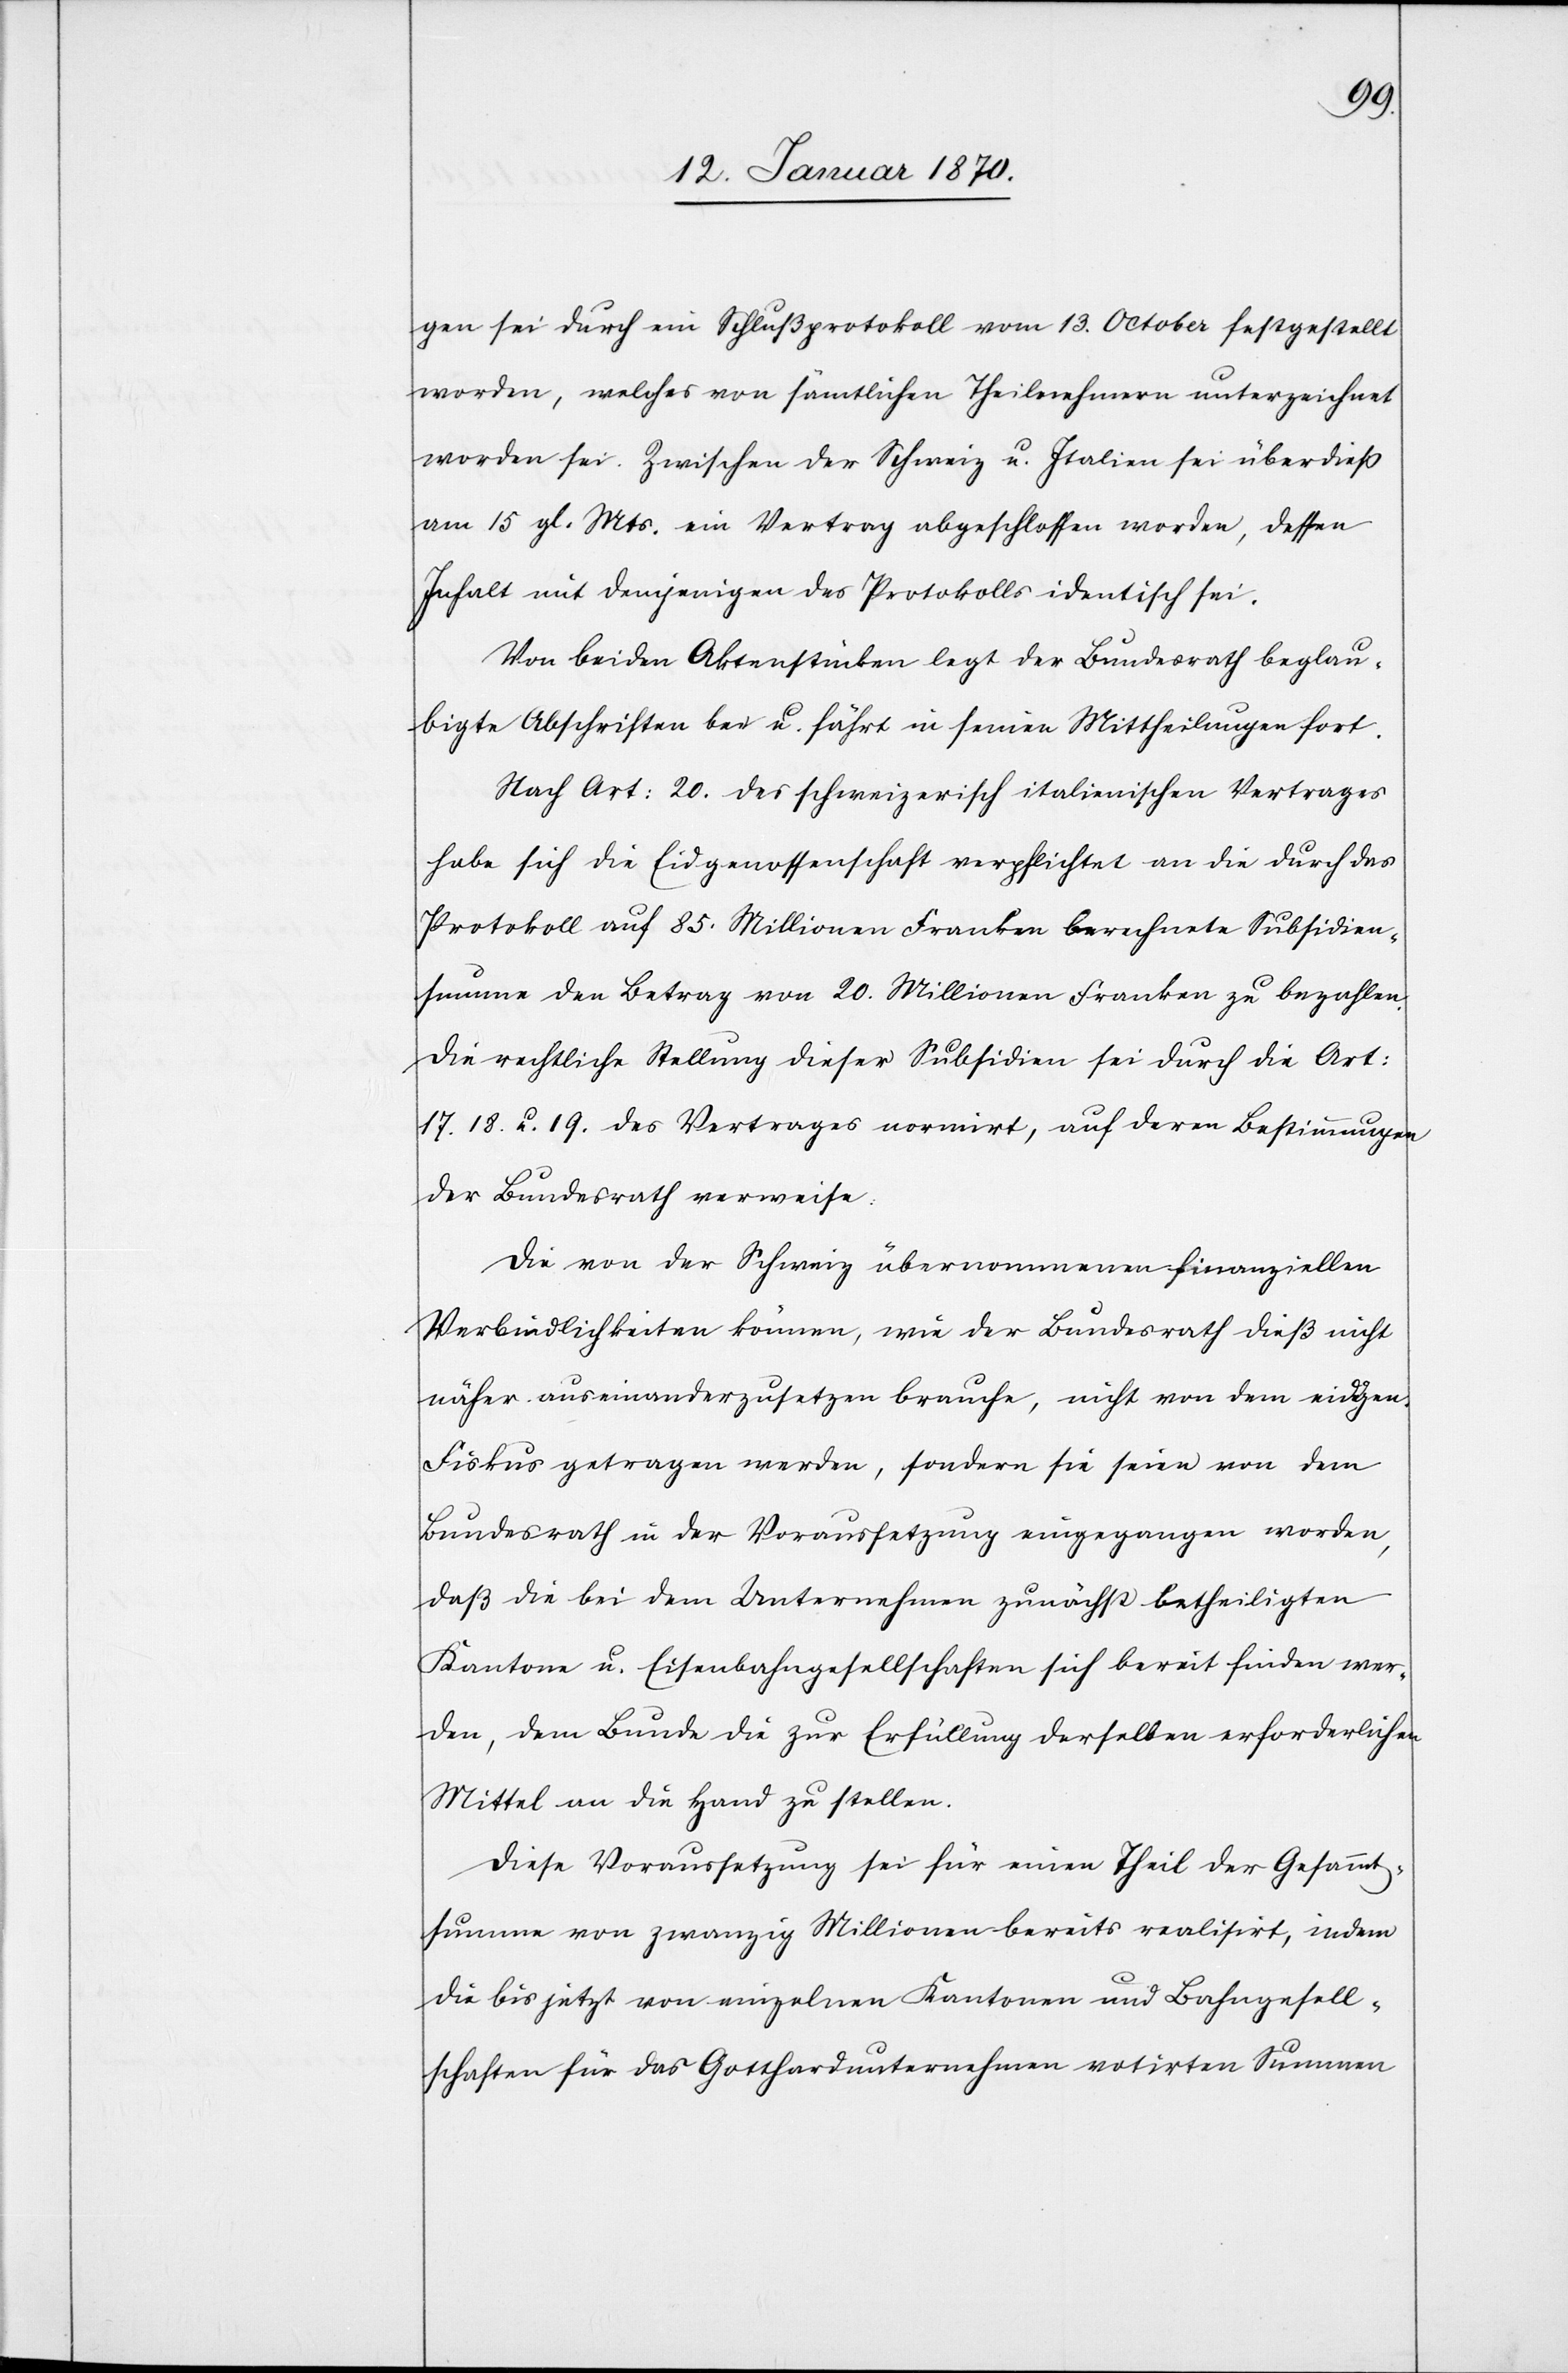
gen sei durch ein Schlußprotokoll vom 13. October festgestellt
worden, welches von sämtlichen Theilnehmern unterzeichnet
worden sei. Zwischen der Schweiz u. Italien sei überdieß
am 15 gl. Mts. ein Vertrag abgeschlossen worden, dessen
Inhalt mit demjenigen des Protokolls identisch sei.
Von beiden Aktenstücken legt der Bundesrath beglau¬
bigte Abschriften bei u. führt in seinen Mittheilungen fort.
Nach Art: 20. des schweizerisch italienischen Vertrages
habe sich die Eidgenossenschaft verpflichtet an die durch das
Protokoll auf 85. Millionen Franken berechnete Subsidien¬
summe den Betrag von 20. Millionen Franken zu bezahlen.
Die rechtliche Stellung dieser Subsidien sei durch die Art:
17.[,] 18. u. 19 des Vertrages normirt, auf deren Bestimmungen
der Bundesrath verweise.
Die von der Schweiz übernommenen finanziellen
Verbindlichkeiten können, wie der Bundesrath dieß nicht
näher auseinanderzusetzen brauche, nicht von dem eidgen.
Fiskus getragen werden, sondern sie seien von dem
Bundesrath in der Voraussetzung eingegangen worden,
daß die bei dem Unternehmen zunächst betheiligten
Kantone u. Eisenbahngesellschaften sich bereit finden wer¬
den, dem Bunde die zur Erfüllung derselben erforderlichen
Mittel an die Hand zu stellen.
Diese Voraussetzung sei für einen Theil der Gesammt¬
summe von zwanzig Millionen bereits realisirt, indem
die bis jetzt von einzelnen Kantonen und Bahngesell¬
schaften für das Gotthardunternehmen votirten Summen